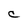
Character: c